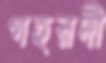
গহরদী